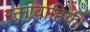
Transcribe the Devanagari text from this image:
रक्तावाहिकी